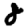
Digit: 8